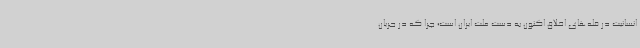
انسانیت در قله‌های اخلاق اکنون به دست ملت ایران است؛ چرا که در جریان